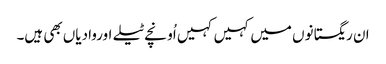
ان ریگستانوں میں کہیں کہیں اُونچے ٹیلے اوروادیاں بھی ہیں۔